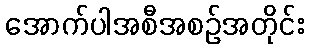
အောက်ပါအစီအစဉ်အတိုင်း